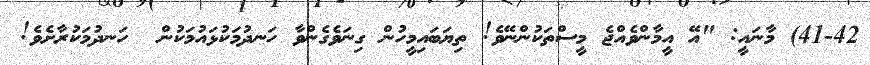
41-42) މާނައީ: "އޭ އީމާންވެއްޖެ މީސްތަކުންނޭވެ! ތިޔަބައިމީހުން ގިނަވެގެންވާ ހަނދުމަކުޅައުމަކުން  ހަނދުމަކުރާށެވެ!